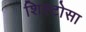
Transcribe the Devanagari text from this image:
शिस्टोसा